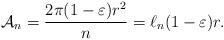
LaTeX: \begin{align*}\mathcal A_n=\frac{2\pi(1-\varepsilon)r^2}n=\ell_{n}(1-\varepsilon)r.\end{align*}